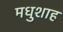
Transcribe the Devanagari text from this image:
मधुशाह